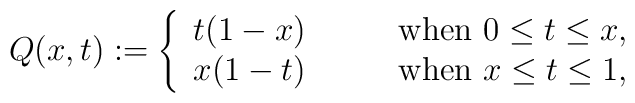
Q(x,t) :=	\left\{	\begin{array}{ll}		t (1-x) & \qquad \mbox{when  } 0 \le t \le x, \\		x (1-t) & \qquad \mbox{when  } x \le t \le 1, \\	\end{array}	\right.